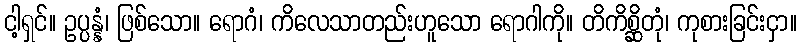
ငါ့ရှင်။ ဥပ္ပန္နံ၊ ဖြစ်သော။ ရောဂံ၊ ကိလေသာတည်းဟူသော ရောဂါကို။ တိကိစ္ဆိတုံ၊ ကုစားခြင်းငှာ။